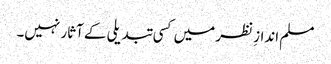
مسلم اندازِ نظر میں کسی تبدیلی کے آثار نہیں۔